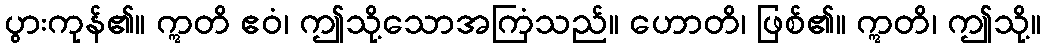
ပွားကုန်၏။ ဣတိ ဧဝံ၊ ဤသို့သောအကြံသည်။ ဟောတိ၊ ဖြစ်၏။ ဣတိ၊ ဤသို့။